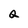
Character: Q